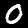
Label: 0